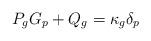
LaTeX: \begin{align*}P_gG_p + Q_g = \kappa_g\delta_p\end{align*}